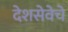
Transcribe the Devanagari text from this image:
देशसेवेचे